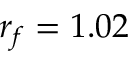
r _ { f } = 1 . 0 2